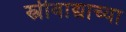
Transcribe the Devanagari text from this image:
स्त्रीवाद्याच्या